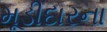
મૂડીદારના